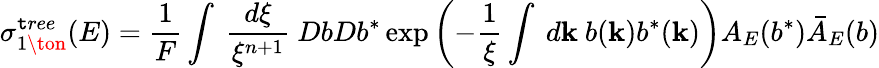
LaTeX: \sigma_{1\ton}^{\mathtt{t}ree}(E)=\frac{{1}}{{F}}\int~\frac{{d\xi}}{{\xi^{n+1}}}~DbDb^{*}\exp\left(-\frac{{1}}{{\xi}}\int~d{\mathbf{k}}~b({\mathbf{k}})b^{*}({\mathbf{k}})\right)A_{E}(b^{*})\bar{{A}}_{E}(b)